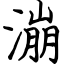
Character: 漰